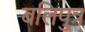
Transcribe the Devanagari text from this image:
बलिपुत्र